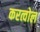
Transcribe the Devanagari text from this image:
करत्वोल